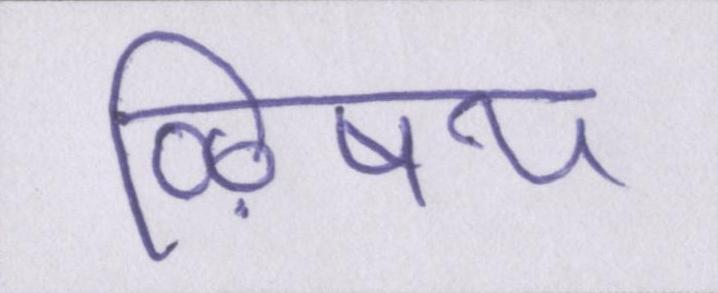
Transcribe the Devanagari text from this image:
ऴिषय